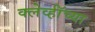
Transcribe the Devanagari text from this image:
क्लेर्व्हॉच्या